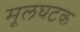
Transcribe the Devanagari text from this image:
मूलघटक